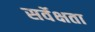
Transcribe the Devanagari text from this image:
सर्वेक्षता